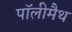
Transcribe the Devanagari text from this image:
पॉलीमैथ